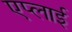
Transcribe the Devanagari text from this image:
एप्लाई